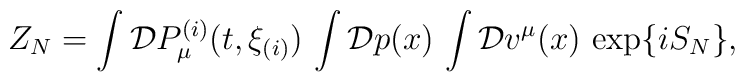
Z_N = \int {\cal D} P_{\mu}^{(i)}(t,\xi_{(i)})\,        \int {\cal D} p(x) \, \int {\cal D} v^{\mu}(x)\, \exp \{i S_N \},